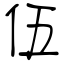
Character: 伍